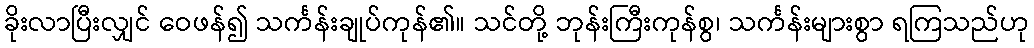
ခိုးလာပြီးလျှင် ဝေဖန်၍ သင်္ကန်းချုပ်ကုန်၏။ သင်တို့ ဘုန်းကြီးကုန်စွ၊ သင်္ကန်းများစွာ ရကြသည်ဟု